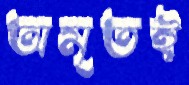
অমৃতই